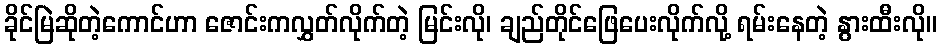
ခိုင်မြဲဆိုတဲ့ကောင်ဟာ ဇောင်းကလွှတ်လိုက်တဲ့ မြင်းလို၊ ချည်တိုင်ဖြေပေးလိုက်လို့ ရမ်းနေတဲ့ နွားထီးလို။